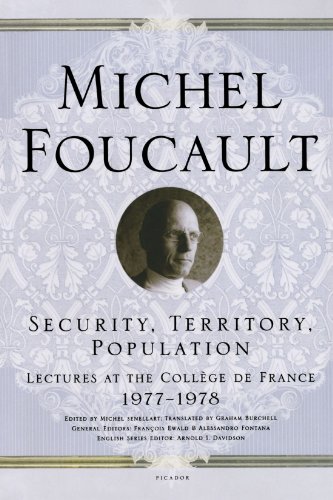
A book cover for Security, Territory, Population: Lectures at the CollÃ¨ge de France 1977--1978; Michel Foucault; Politics & Social Sciences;